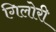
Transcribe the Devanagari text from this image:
गिलोरी